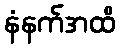
နံနက်အထိ